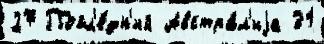
27 Посл'е́дн'ий Австра́л'иjа 31